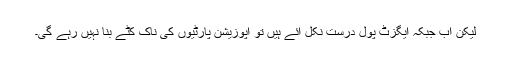
لیکن اب جبکہ ایگزٹ پول درست نکل آئے ہیں تو اپوزیشن پارٹیوں کی ناک کٹے بنا نہیں رہے گی۔